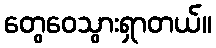
တွေဝေသွားရှာတယ်။